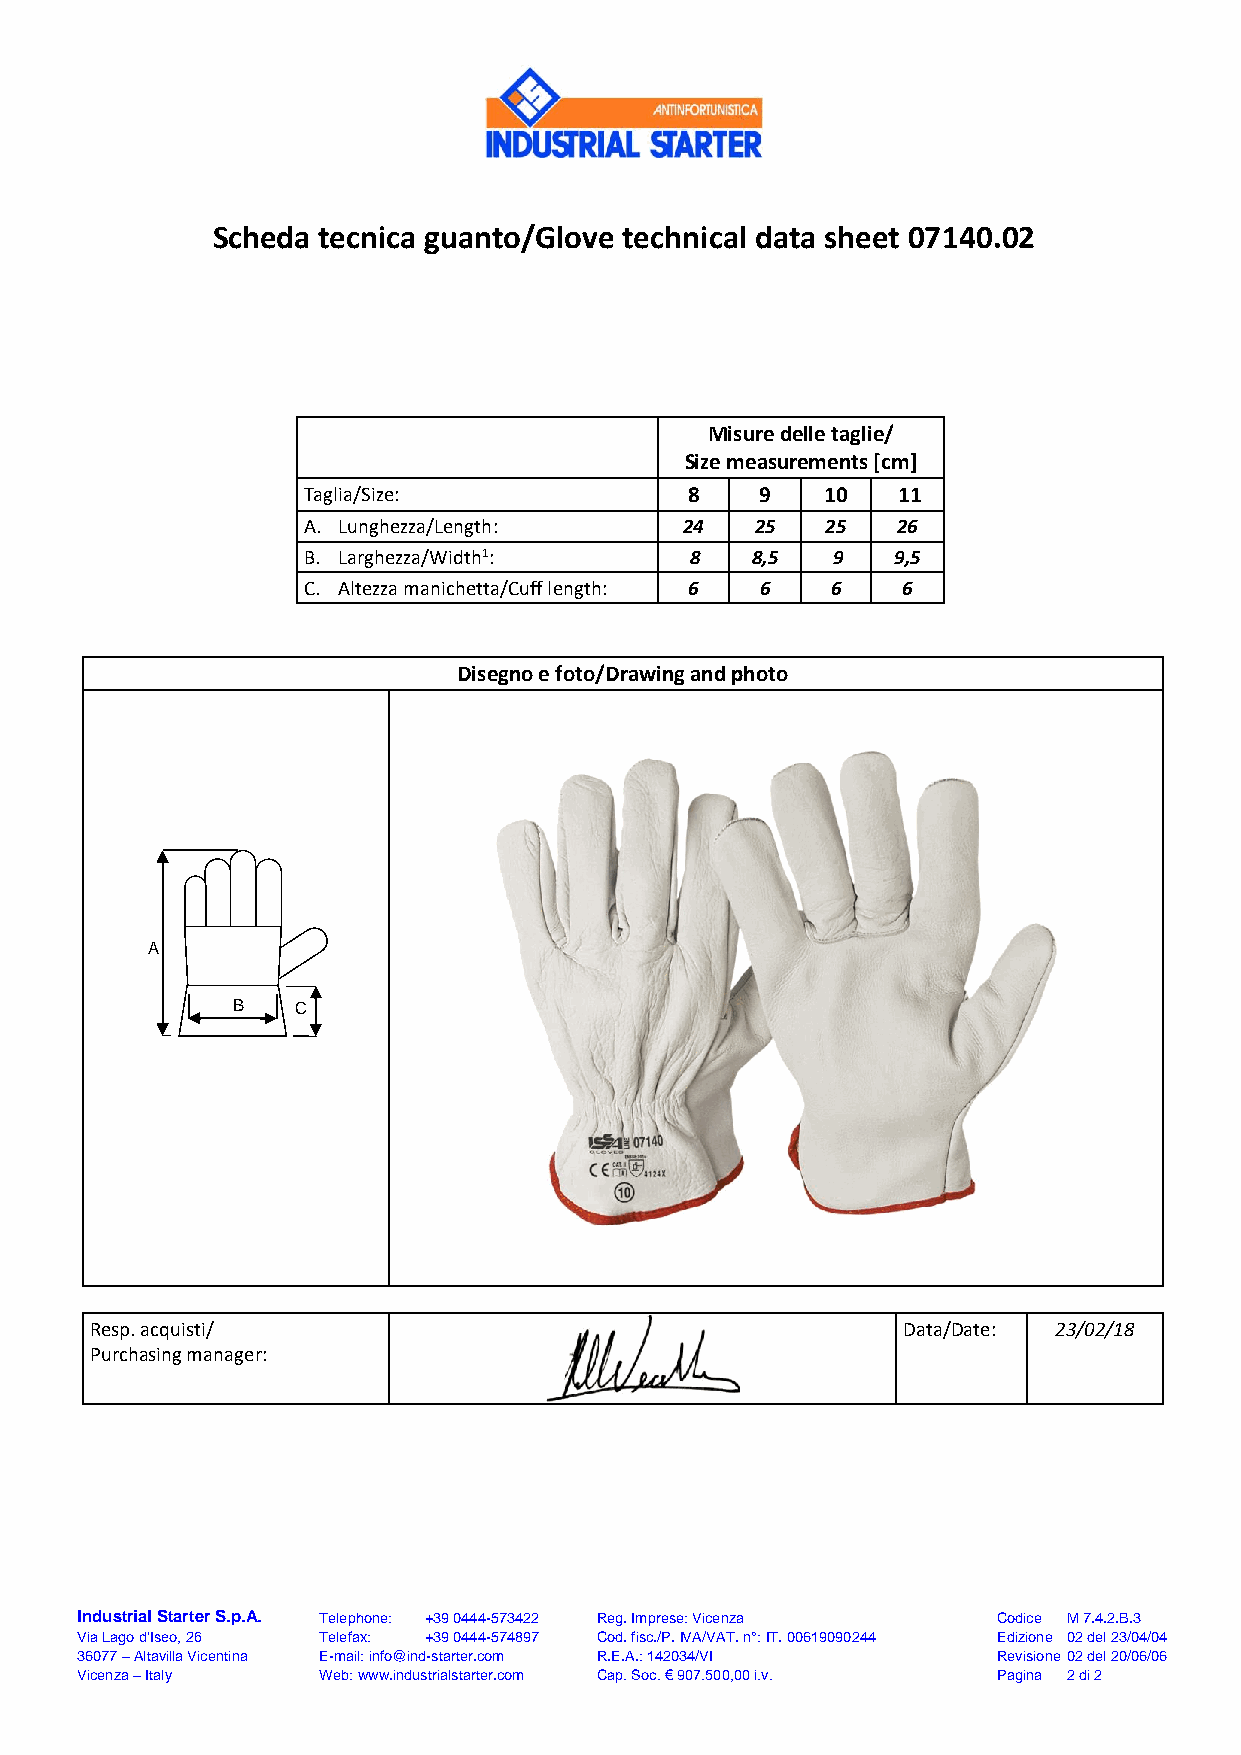
Scheda tecnica guanto/Glove technical data sheet 07140.02
 Misure delle taglie/
 Size measurements [cm]
 Taglia/Size:             8    9    10  11
 A. Lunghezza/Length:     24   25   25  26
 B. Larghezza/Width1:      8   8,5  9   9,5
 C. Altezza manichetta/Cuff length: 6 6 6 6
 Disegno e foto/Drawing and photo
 A
 B    C
 Resp. acquisti/                                       Data/Date: 23/02/18
 Purchasing manager:
 Industrial Starter S.p.A. Telephone: +39 0444-573422 Reg. Imprese: Vicenza Codice M 7.4.2.B.3
 Via Lago d’Iseo, 26 Telefax: +39 0444-574897 Cod. fisc./P. IVA/VAT. n°: IT. 00619090244 Edizione 02 del 23/04/04
 36077 – Altavilla Vicentina E-mail: info@ind-starter.com R.E.A.: 142034/VI Revisione 02 del 20/06/06
 Vicenza – Italy Web: www.industrialstarter.com Cap. Soc. € 907.500,00 i.v. Pagina 2 di 2